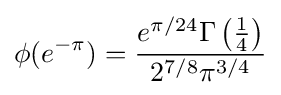
\phi (e^{-\pi })={\frac {e^{\pi /24}\Gamma \left({\frac {1}{4}}\right)}{2^{7/8}\pi ^{3/4}}}